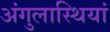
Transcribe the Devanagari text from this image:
अंगुलास्थियां